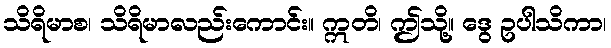
သိရိမာစ၊ သိရိမာလည်းကောင်း။ ဣတိ၊ ဤသို့။ ဒွေ ဥပါသိကာ၊